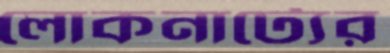
লোকনাট্যের